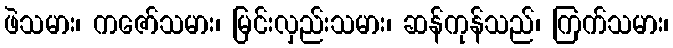
ဖဲသမား၊ ကဇော်သမား၊ မြင်းလှည်းသမား၊ ဆန်ကုန်သည်၊ ကြက်သမား၊